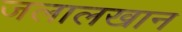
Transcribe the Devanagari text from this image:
जलालखान